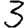
Digit: 3